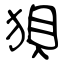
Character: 狽